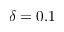
\delta = 0 . 1